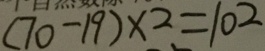
( 7 0 - 1 9 ) \times 2 = 1 0 2